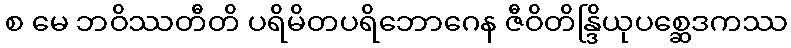
စ မေ ဘဝိဿတီတိ ပရိမိတပရိဘောဂေန ဇီဝိတိန္ဒြိယုပစ္ဆေဒကဿ